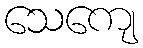
သေကျေ